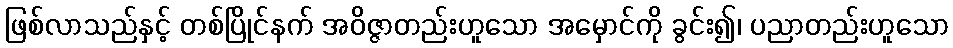
ဖြစ်လာသည်နှင့် တစ်ပြိုင်နက် အဝိဇ္ဇာတည်းဟူသော အမှောင်ကို ခွင်း၍၊ ပညာတည်းဟူသော